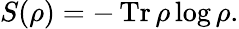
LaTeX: S(\rho)=-\operatorname{Tr}\rho\log\rho.